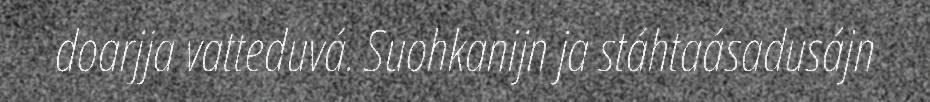
doarjja vatteduvá. Suohkanijn ja stáhtaásadusájn